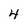
Character: 4